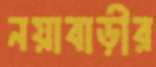
নয়াবাড়ীর